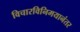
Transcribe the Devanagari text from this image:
विचारविनिमयानंतर